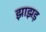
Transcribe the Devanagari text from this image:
झाझड़